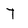
Character: T